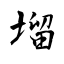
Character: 塯